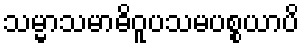
သမ္မာသမာဓိဝူပသမပစ္စယာပိ